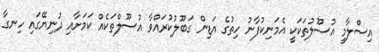
އިސްލާމީ އުސޫލުތަކަކީ އެމަނިކުފާނު ހިތުގެ އަޑިން ގަބޫލުކުރައްވާ އުސޫލްތަކެއް ކަމަށާއި ދުނިޔޭގައި ހިނގާ